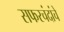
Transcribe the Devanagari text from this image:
सफरचंदांचे